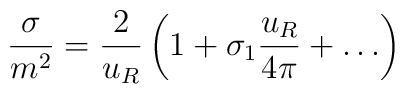
\frac{\sigma}{m^2} = \frac{2}{u_R} \left( 1 + \sigma_1 \frac{u_R}{4\pi}+ \ldots \right)